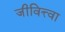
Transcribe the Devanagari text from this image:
जीवित्त्वा